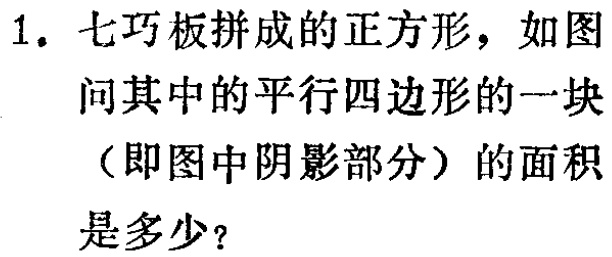
1. 七巧板拼成的正方形，如图
问其中的平行四边形的一块
（即图中阴影部分）的面积
是多少？